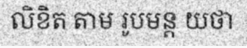
លិខិត តាម រូបមន្ត យថា